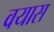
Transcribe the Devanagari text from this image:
वयास